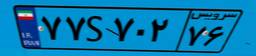
۸۶S۷۵۹۶۶